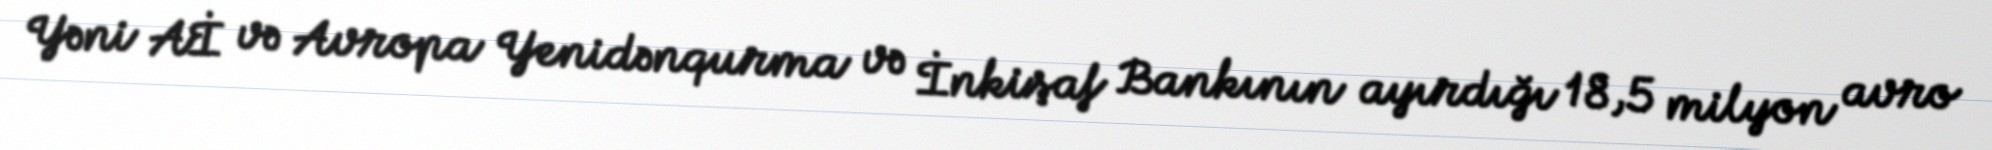
Yəni Aİ və Avropa Yenidənqurma və İnkişaf Bankının ayırdığı 18,5 milyon avro